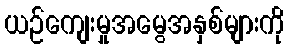
ယဉ်ကျေးမှုအမွေအနှစ်များကို